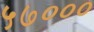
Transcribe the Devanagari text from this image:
५७०००